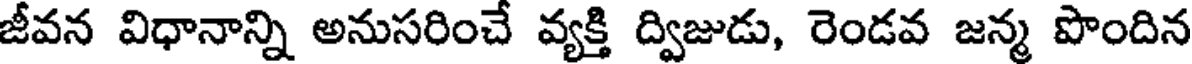
జీవన విధానాన్ని అనుసరించే వ్యక్తి ద్విజుడు, రెండవ జన్మ పొందిన